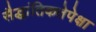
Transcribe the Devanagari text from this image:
सैद्धांतिकतेपेक्षा